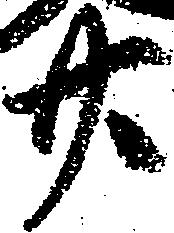
廿